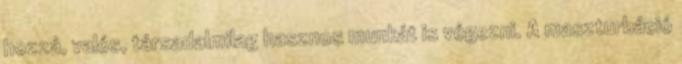
hozzá, valós, társadalmilag hasznos munkát is végezni. A maszturbáció